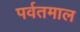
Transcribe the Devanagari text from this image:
पर्वतमाल